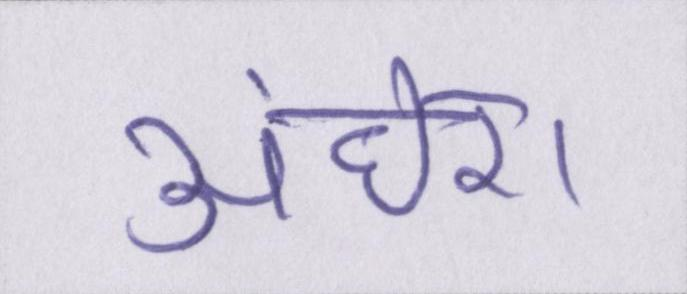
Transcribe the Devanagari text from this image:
अंधेरा